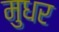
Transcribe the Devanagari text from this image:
मुधर